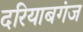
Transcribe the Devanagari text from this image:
दरियाबगंज